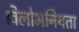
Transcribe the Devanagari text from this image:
विलोभनियता